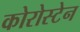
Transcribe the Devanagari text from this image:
कोरोस्टेन